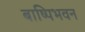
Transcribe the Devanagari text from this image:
बाष्पिभवन